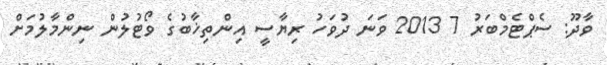
ވާދޫ: ސެޕްޓެމްބަރު 7 2013 ވަނަ ދުވަހު ރިޔާސީ އިންތިޚާބުގެ ވޯޓުލުން ނިންމާލުމަށް